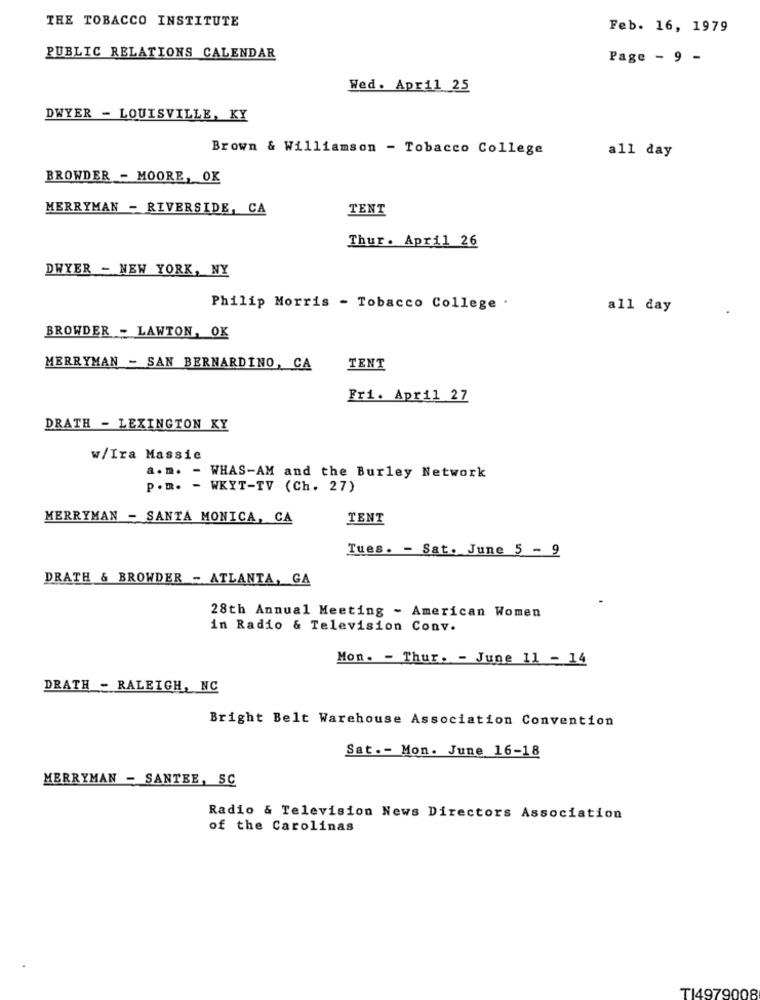
THE TOBACCO INSTITUTE
Feb. 16, 1979
PUBLIC RELATIONS CALENDAR
Page - 9 -
Wed. April 25
DWYER - LOUISVILLE, KY
Brown & Williamson - Tobacco College
all day
BROWDER - MOORE, OK
MERRYMAN - RIVERSIDE, CA
TENT
Thur. April 26
DWYER - NEW YORK, NY
Philip Morris - Tobacco College .
all day
BROWDER - LAWTON, OK
MERRYMAN - SAN BERNARDINO, CA
TENT
Fri. April 27
DRATH - LEXINGTON KY
w/Ira Massic
a. m. - WHAS-AM and the Burley Network
P. m. - WKYT-TV (Ch. 27)
MERRYMAN - SANTA MONICA, CA
TENT
Tues. - Sat. June 5 - 9
DRATH & BROWDER - ATLANTA, GA
28th Annual Meeting - American Women
in Radio & Television Conv.
Mon. - Thur. - June 11 - 14
DRATH - RALEIGH, NC
Bright Belt Warehouse Association Convention
Sat .- Mon. June 16-18
MERRYMAN - SANTEE, SC
Radio & Television News Directors Association
of the Carolinas
T14979008